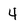
Character: 4